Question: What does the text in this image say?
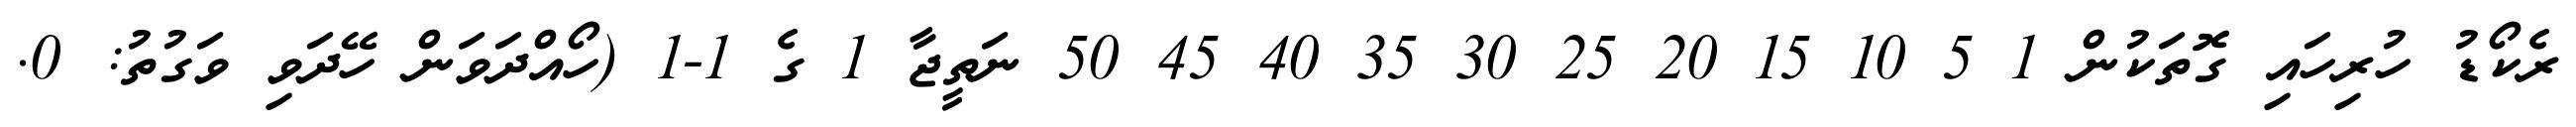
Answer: ރެކޯޑު ހުރިހައި ގޮތަކުން 1 5 10 15 20 25 30 35 40 45 50 ނަތީޖާ 1 ގެ 1-1 (ހޯއްދަވަން ހޭދަވި ވަގުތު: 0.